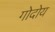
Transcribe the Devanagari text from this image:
गोदोय